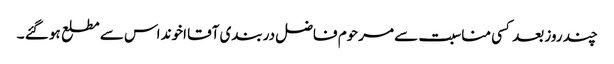
چند روز بعد کسی مناسبت سے مرحوم فاضل دربندی آقا اخوند اس سے مطلع ہو گئے ۔